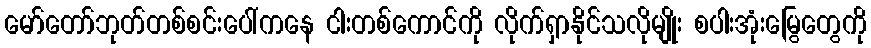
မော်တော်ဘုတ်တစ်စင်းပေါ်ကနေ ငါးတစ်ကောင်ကို လိုက်ရှာနိုင်သလိုမျိုး စပါးအုံးမြွေတွေကို